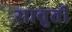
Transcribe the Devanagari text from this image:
सावुती